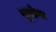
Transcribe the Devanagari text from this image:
सुषोणा